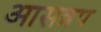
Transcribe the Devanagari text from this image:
आसन्नप